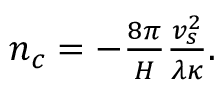
\begin{array} { r } { n _ { c } = - \frac { 8 \pi } { H } \frac { v _ { s } ^ { 2 } } { \lambda \kappa } . } \end{array}